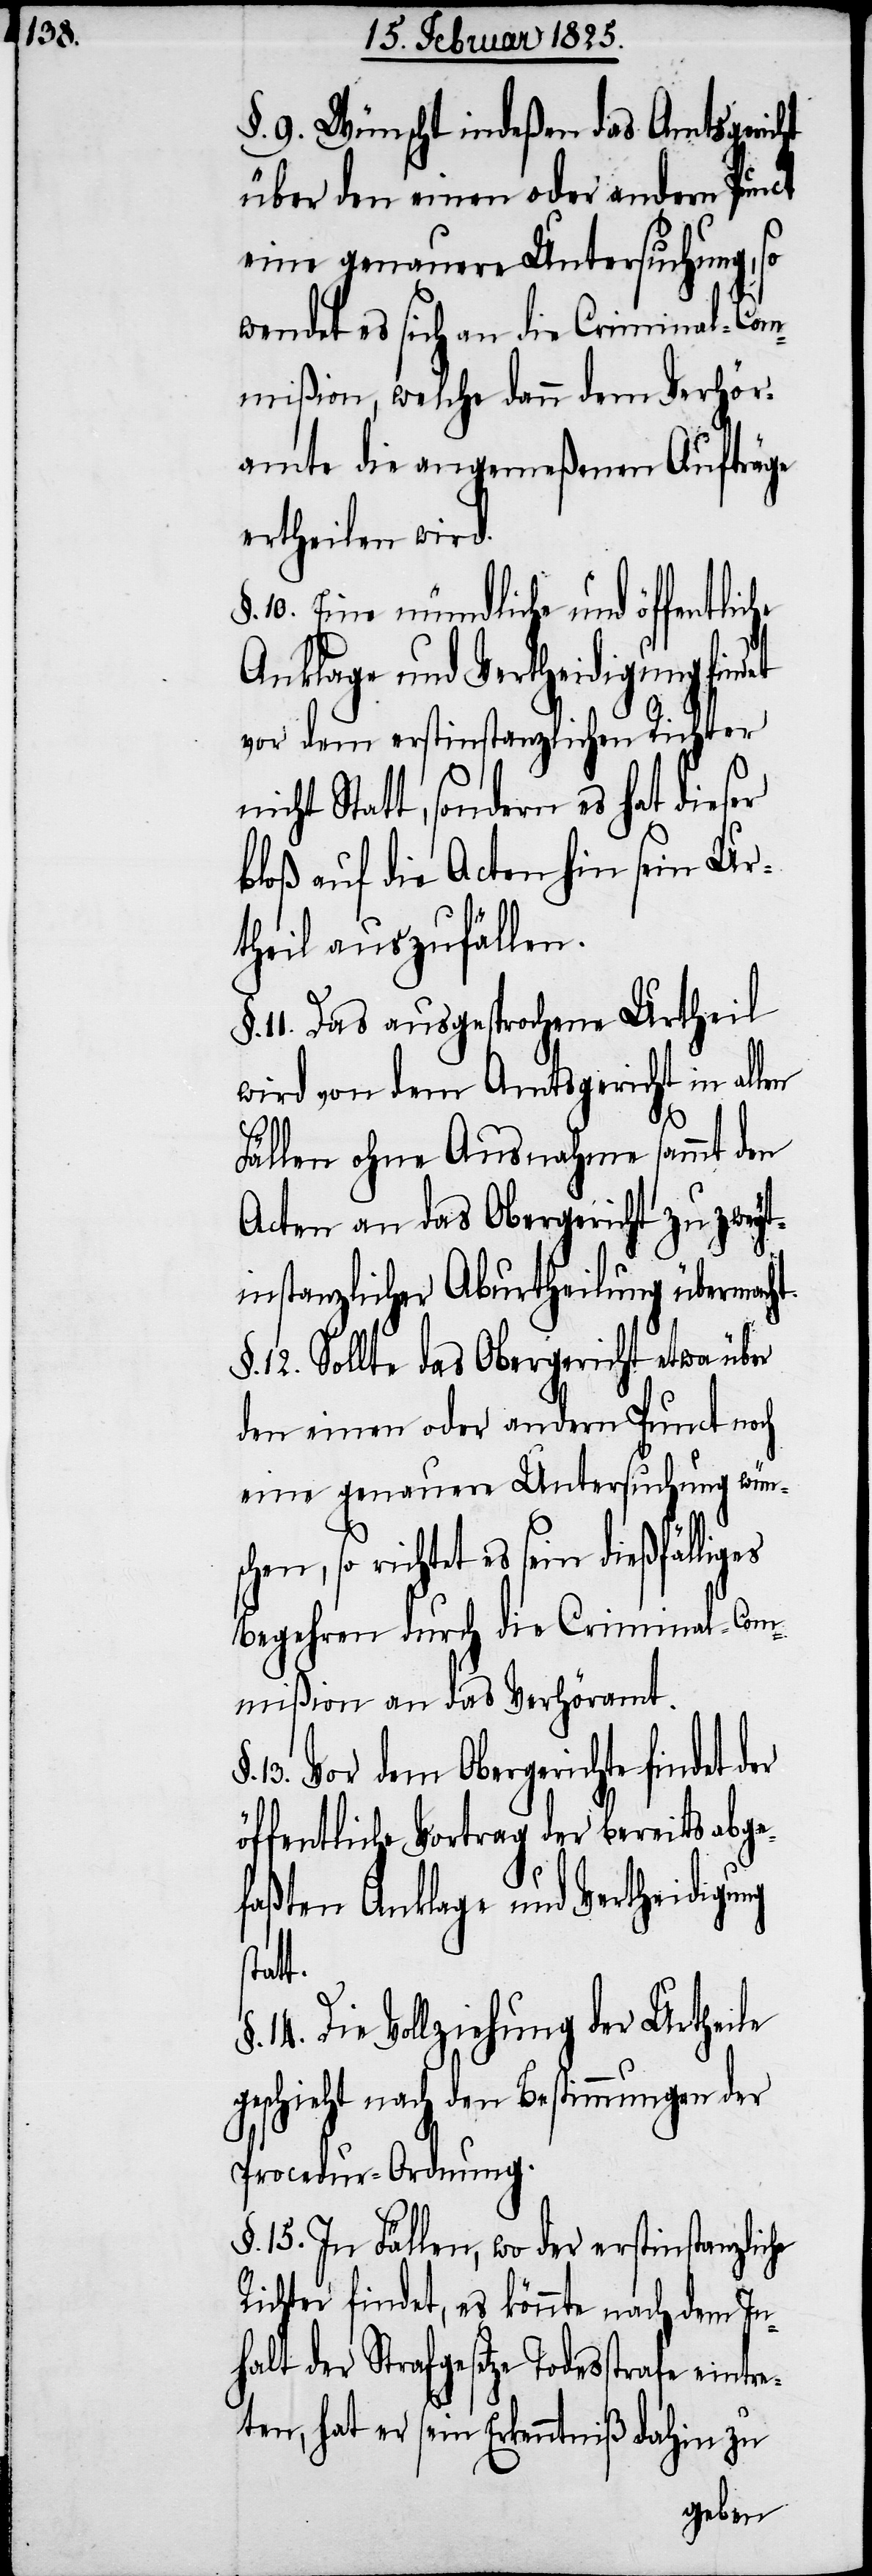
§. 9. Wünscht indeßen das Amtsgericht
über den einen oder andern Punct
eine genauere Untersuchung, so
wendet es sich an die Criminal-Com¬
mißion, welche dann dem Verhör¬
amte die angemeßenen Aufträge
ertheilen wird.
§. 10. Eine mündliche und öffentlic¬
Anklage und Vertheidigung findet
vor dem erstinstanzlichen Richter
icht Statt, sondern es hat dieser
bloß auf die Acten hin sein Ur¬
theil auszufällen.
11. Das ausgesprochene Urtheil
wird von dem Amtsgericht in allen
Fällen ohne Ausnahme sammt den
Acten an das Obergericht zu zweyt¬
instanzlicher Aburtheilung übermach¬
§. 12. Sollte das Obergericht etwa über
den einen oder andern Punct noch
eine genauere Untersuchung wüns¬
chen, so richtet es sein dießfällig¬
Begehren durch die Criminal-Com¬
mißion an das Verhöramt.
13. Vor dem Obergerichte findet
öffentliche Vortrag der bereits abge¬
faßten Anklage und Vertheidigung
dahin
14. Die Vollziehung der Urtheile
geschieht nach den Bestimmungen der
Procedur-Ordnung.
§. 15. In Fällen, wo der erstinstanzliche
Richter findet, es könnte nach dem In¬
halt der Strafgesetze Todesstrafe eintre¬